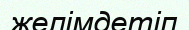
желімдетіп